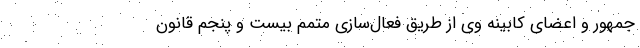
‌جمهور و اعضای کابینه وی از طریق فعال‌سازی متمم بیست و پنجم قانون